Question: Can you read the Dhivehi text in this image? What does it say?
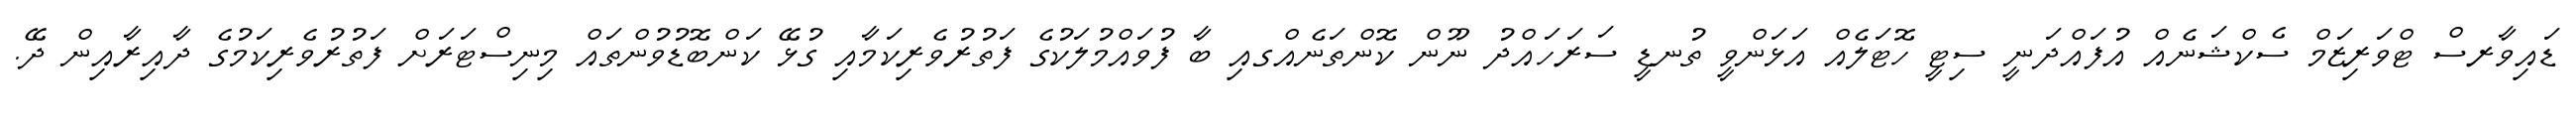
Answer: ޑައިވާރސް ޓްވަރިޒަމް ސެކްޝަނެއް އުފައްދަނީ ސިޓީ ހޮޓަލެއް އަޅަންވީ ތުނޑީ ސަރަހައްދު ނޫން ކޮންތަނެއްގއި ބާ ފުވައްމުލަކުގެ ފަތުރުވެރިކަމާއި ގުޅޭ ކަންބޮޑުވުންތައް މިނިސްޓަރަށް ފަތުރުވެރިކަމުގެ ދާއިރާއިން ދޭ.